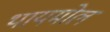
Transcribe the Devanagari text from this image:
थायमोल